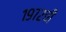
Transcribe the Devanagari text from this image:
१९७२ची